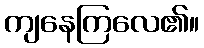
ကျနေကြလေ၏။